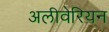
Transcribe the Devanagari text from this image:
अलीवेरियन